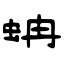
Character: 蚺